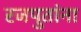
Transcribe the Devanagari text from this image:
रजपुतांना